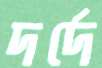
দর্দে